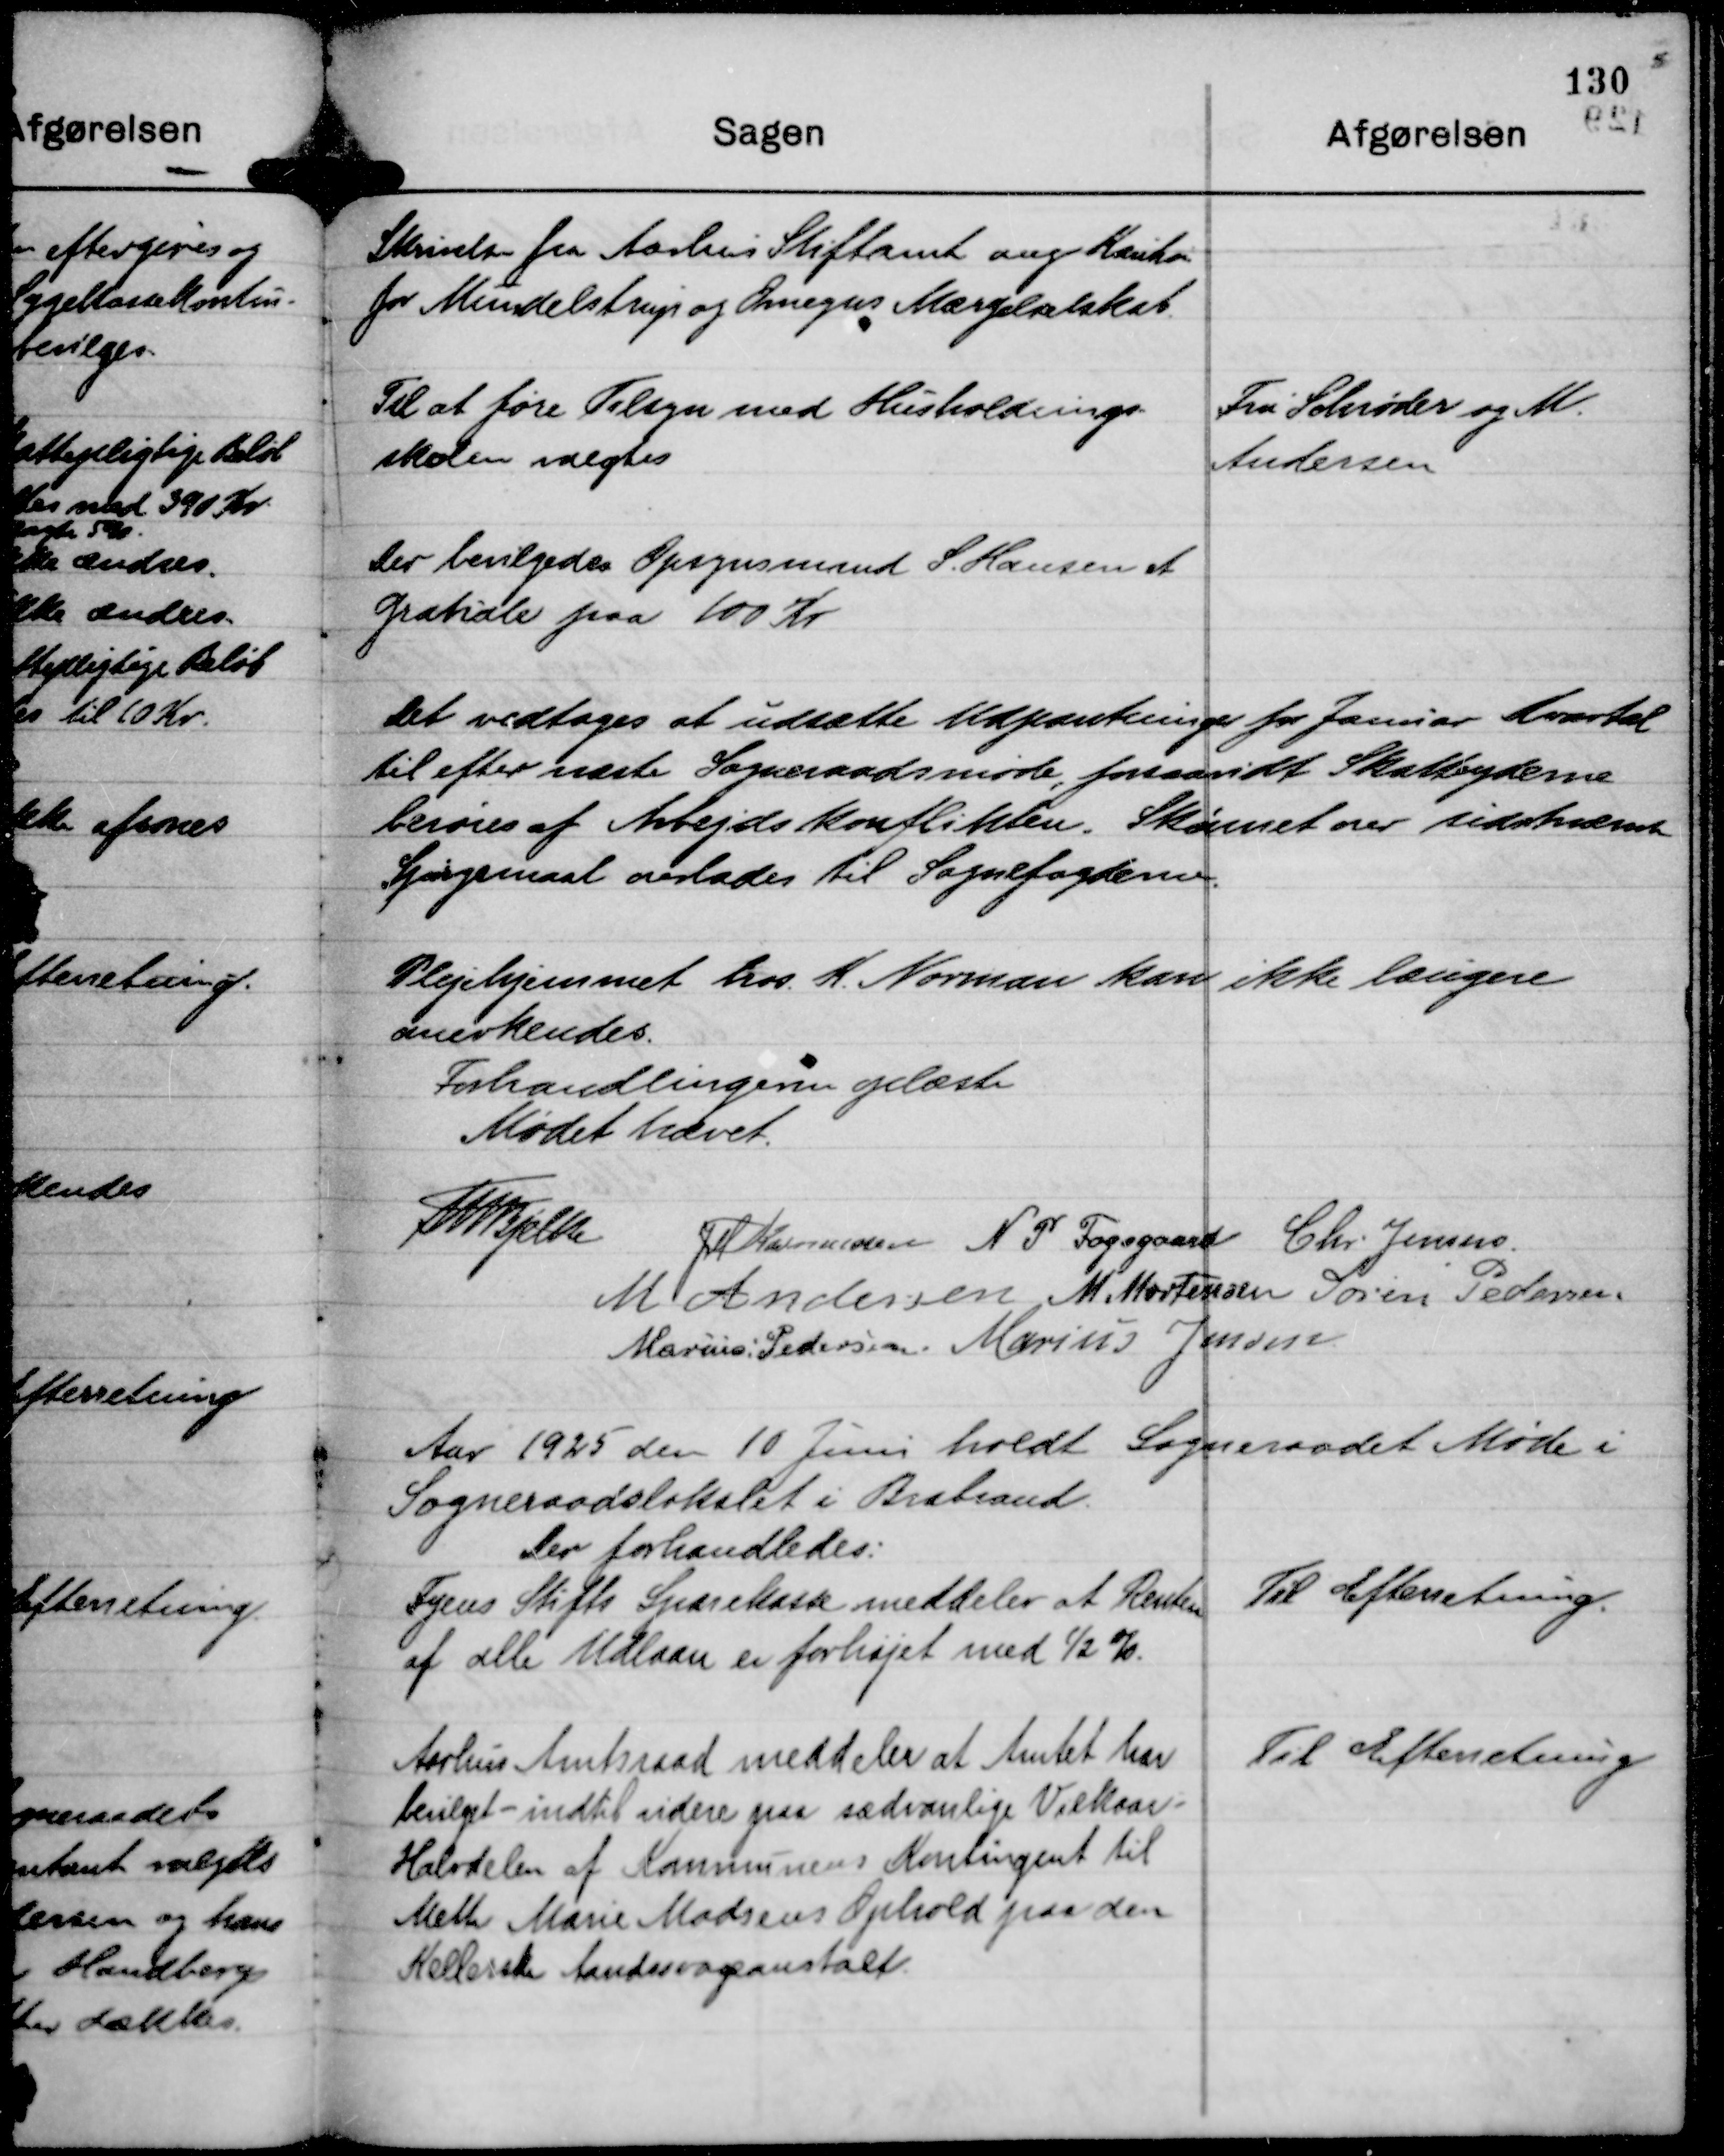
Transskription:
Skrivelse fra Aarhus Stiftamt ang Kaution
for Mundelstrup og Omegns Mærgelselskab.

Til at føre Tilsyn med Husholdnings-
skolen valgtes

Fru Schrøder og M.
Andersen

Der bevilgedes Opsynsmand S. Hansen et
Gratiale paa 100 Kr

Det vedtoges at udsætte Udpantninger for Januar Kvartal
til efter næste Sogneraadsmøde, forsaavidt Skatteyderne
berøres af Arbejdskonflikten. Skønnet over sidstnævnte
Spørgsmaal overlades til Sognefogderne.

Plejehjemmet hos K. Norman kan ikke længere
anerkendes.

Forhandlingerne oplæste
Mødet hævet.
Th Bjelke
JM Rasmussen
N P Fogsgaard
Chr Jensen
M Andersen
M Mortensen
Søren Pedersen
Marius Pedersen
Marius Jensen

Aar 1925 den 10 Juni holdt Sogneraadet Møde i
Sogneraadslokalet i Brabrand.
Der forhandledes:

Fyens Stifts Sparekasse meddeler at Renten
af alle Udlaan er forhøjet med ½ %.

Til Efterretning.

Aarhus Amtsraad meddeler at Amtet har
bevilget - indtil videre paa sædvanlige Vilkaar:
Halvdelen af Kommunens Kontingent til
Mette Marie Madsens Ophold paa den
Kellerske Aandssvageanstalt.

Til Efterretning